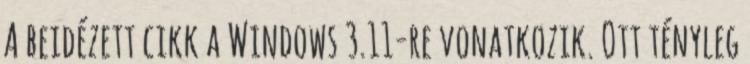
A beidézett cikk a Windows 3.11-re vonatkozik. Ott tényleg